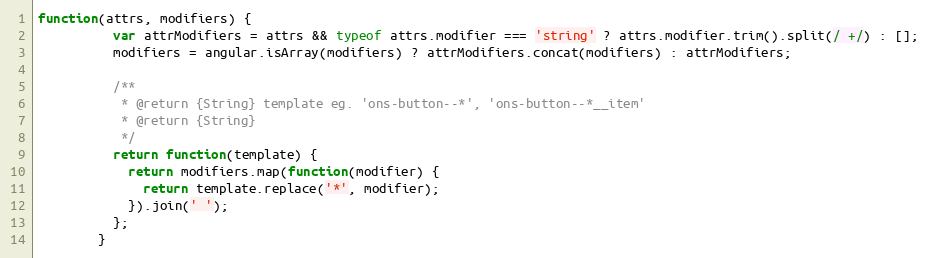
Language: JavaScript
function(attrs, modifiers) {
          var attrModifiers = attrs && typeof attrs.modifier === 'string' ? attrs.modifier.trim().split(/ +/) : [];
          modifiers = angular.isArray(modifiers) ? attrModifiers.concat(modifiers) : attrModifiers;

          /**
           * @return {String} template eg. 'ons-button--*', 'ons-button--*__item'
           * @return {String}
           */
          return function(template) {
            return modifiers.map(function(modifier) {
              return template.replace('*', modifier);
            }).join(' ');
          };
        }